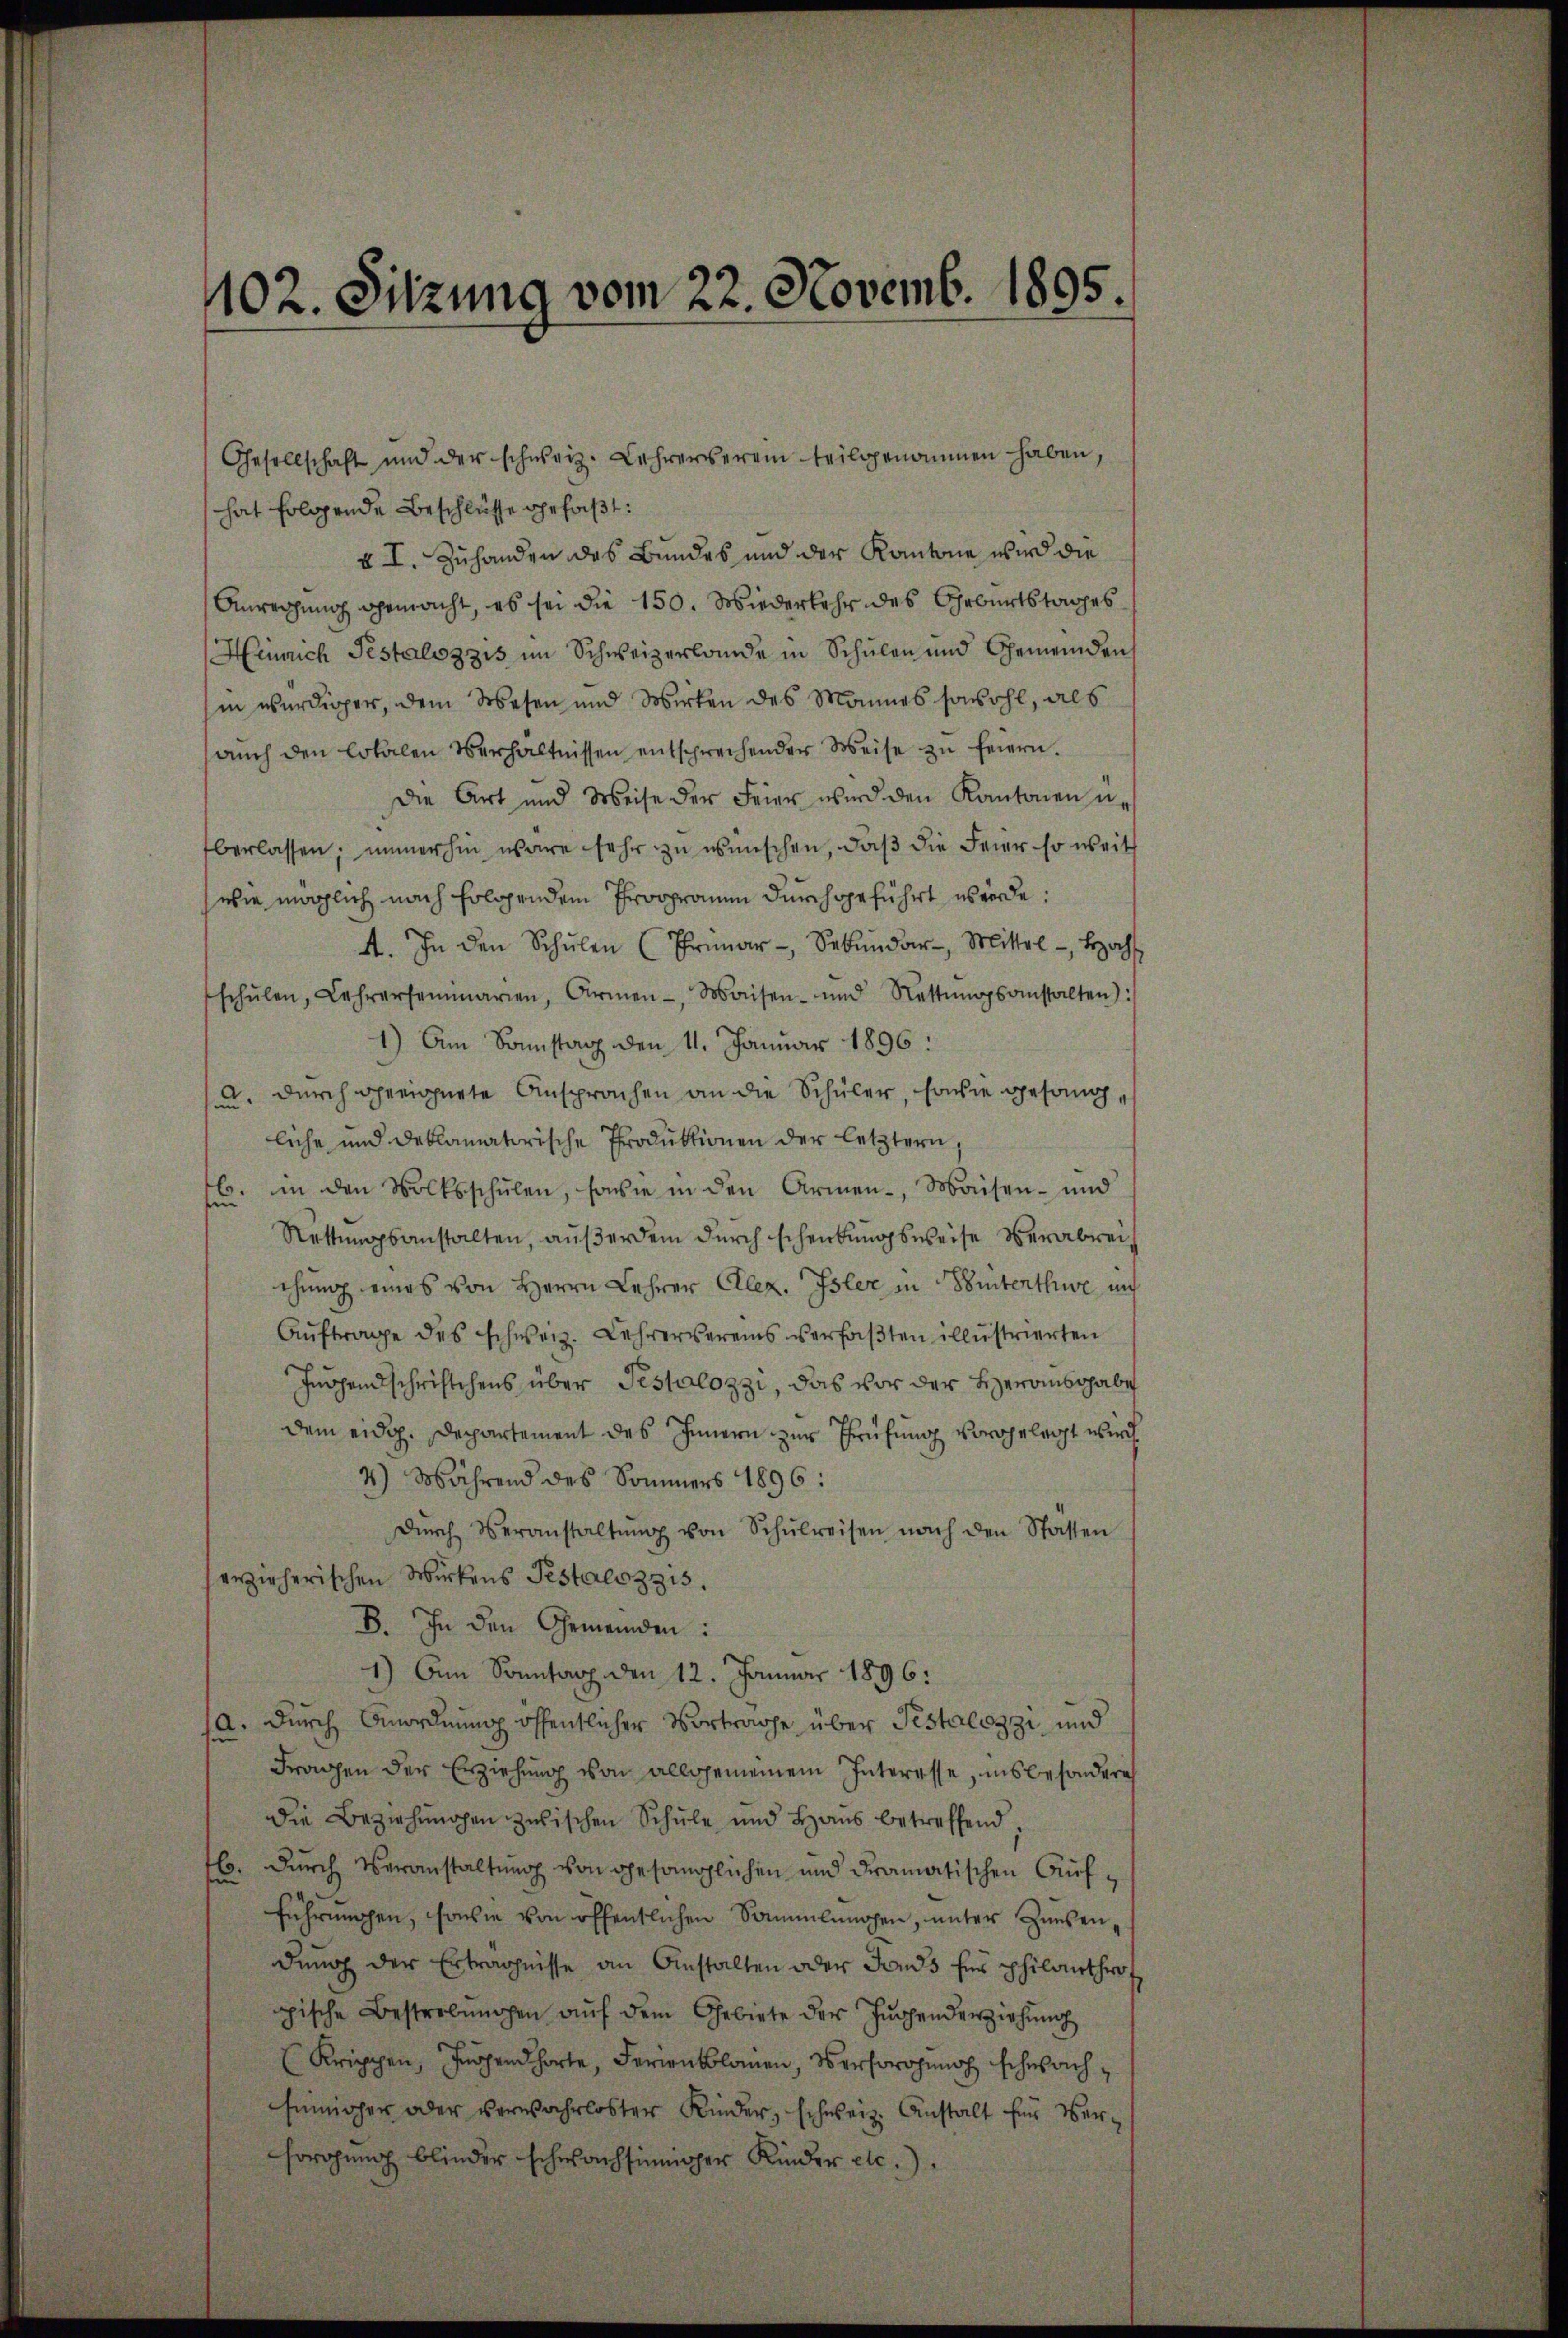
1102. Sitzung vom 22. Novemb. 1895.

hat folgende Beschlüsse gefaßt:
v I. Zuhanden des Bundes und der Kantone wird die
Anregung gemacht, es sei die 150. Wiederkehr des Geburtstages
Heinrich Pestalozzis im Schweizerlande in Schulen und Gemeinden
hin würdiger, dem Wesen und Wirken des Mannes sowohl, als
aŭch den Lokalen Verhältnissen entsprechender Weise zu feiern.
Die Art und Weise der Feier wird den Kantonen u.
berlassen; immerhin wäre sehr zu wünschen, daß die Feier so weit
wie möglich nach folgendem Programm durchgeführt werde.
A. In den Schŭlen (Primar - Sekŭndar. Mittel - Hoch
schŭlen, Lehrersammarien, Armen-, Waisen- und Rettŭngsanstalten):
1) Am Sonstag den 11. Januar 1896:
u. durch geeignete Ansprachen an die Schüler, sowie gesangliche und deklamatorische Produktionen der letztern
b. in den Volksschulen, sowie in den Armen-, Waisen- und
fun
Rettungsanstalten, außerdem durch schenkungsweise verabreichung eines von Herrn Lehrer Alex. Isler in Winterthe und
Auftrage des schweiz. Lehrervereins verfaßten illustrierten
Ingendschriftchens über Testalozzi, das vor der Herausgabe
dem eidg. Departement des Innern zur Prüfung vorgelegt wird.
4) Während des Sommers 1896:
Dŭrch Veranstaltŭng von Schŭlreisen nach den Statten
erzieherischen Wirkens Testalozzis.
B. In den Gemeinden:
1) Am Sonntag den 12. Januar 1896:
(a. Durch Anordnung öffentlicher Vortrage über Pestalozzi und
Fragen der Erziehung von allgemeinem Interesse, insbesondere
die Beziehŭngen zwischen Schŭle und Haŭs betreffend
l. Durch Veranstaltung von gesanglichen und dramatischen Aufführungen, sowie von öffentlichen Sammlungen, unter Zinsendung der Erträgnisse an Anstalten oder Jans für philanthrof
pische Bestrebungen aŭf dem Gebiete der Funchenderziehung
Krippen, Jungend hörte, Ferien blauen, versorgung schwachfinniger oder verwahrloster Kinder, schweiz. Anstalt für Versorgung blieder schwachsinniger Kinder etc.)

Gesellschaft und der schweiz. Lehrerserain teilgenommen haben,